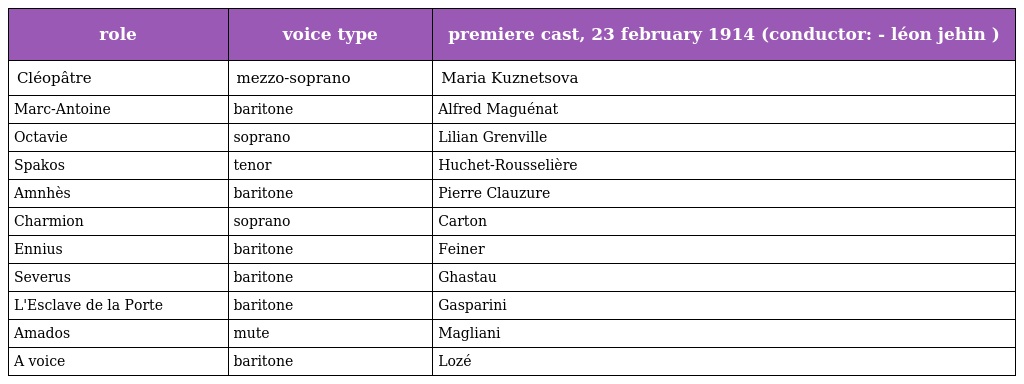
| role | voice type | premiere cast, 23 february 1914 (conductor: - léon jehin ) |
 | --- | --- | --- |
 | Cléopâtre | mezzo-soprano | Maria Kuznetsova |
 | Marc-Antoine | baritone | Alfred Maguénat |
 | Octavie | soprano | Lilian Grenville |
 | Spakos | tenor | Huchet-Rousselière |
 | Amnhès | baritone | Pierre Clauzure |
 | Charmion | soprano | Carton |
 | Ennius | baritone | Feiner |
 | Severus | baritone | Ghastau |
 | L'Esclave de la Porte | baritone | Gasparini |
 | Amados | mute | Magliani |
 | A voice | baritone | Lozé |